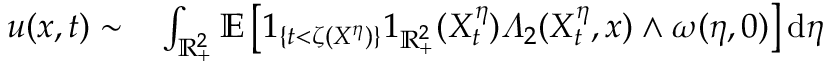
\begin{array} { r l } { u ( x , t ) \sim } & { { } \int _ { \mathbb { R } _ { + } ^ { 2 } } \mathbb { E } \left[ 1 _ { \{ t < \zeta ( X ^ { \eta } ) \} } 1 _ { \mathbb { R } _ { + } ^ { 2 } } ( X _ { t } ^ { \eta } ) \varLambda _ { 2 } ( X _ { t } ^ { \eta } , x ) \wedge \omega ( \eta , 0 ) \right] \mathrm { d } \eta } \end{array}